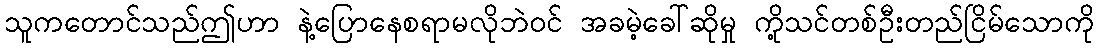
သူကတောင်သည်ဤဟာ နဲ့ပြောနေစရာမလိုဘဲဝင် အခမဲ့ခေါ်ဆိုမှု ကို့သင်တစ်ဦးတည်ငြိမ်သောကို